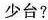
少台?